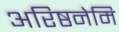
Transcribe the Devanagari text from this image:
अरिष्ठनेमि